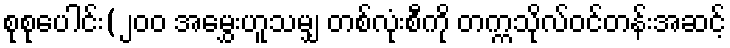
စုစုပေါင်း(၂၀၀ အမွှေးဟူသမျှ တစ်လုံးစီကို တက္ကသိုလ်ဝင်တန်းအဆင့်